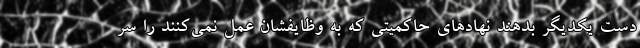
دست یکدیگر بدهند نهادهای حاکمیتی که به وظایفشان عمل نمی‌کنند را سر